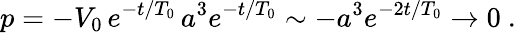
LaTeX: p=-V_{0}\, e^{-t/T_{0}}\, a^{3}e^{-t/T_{0}}\sim-a^{3}e^{-2t/T_{0}}\to 0\ .